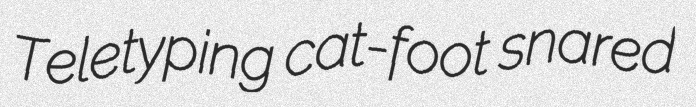
Teletyping cat-foot snared